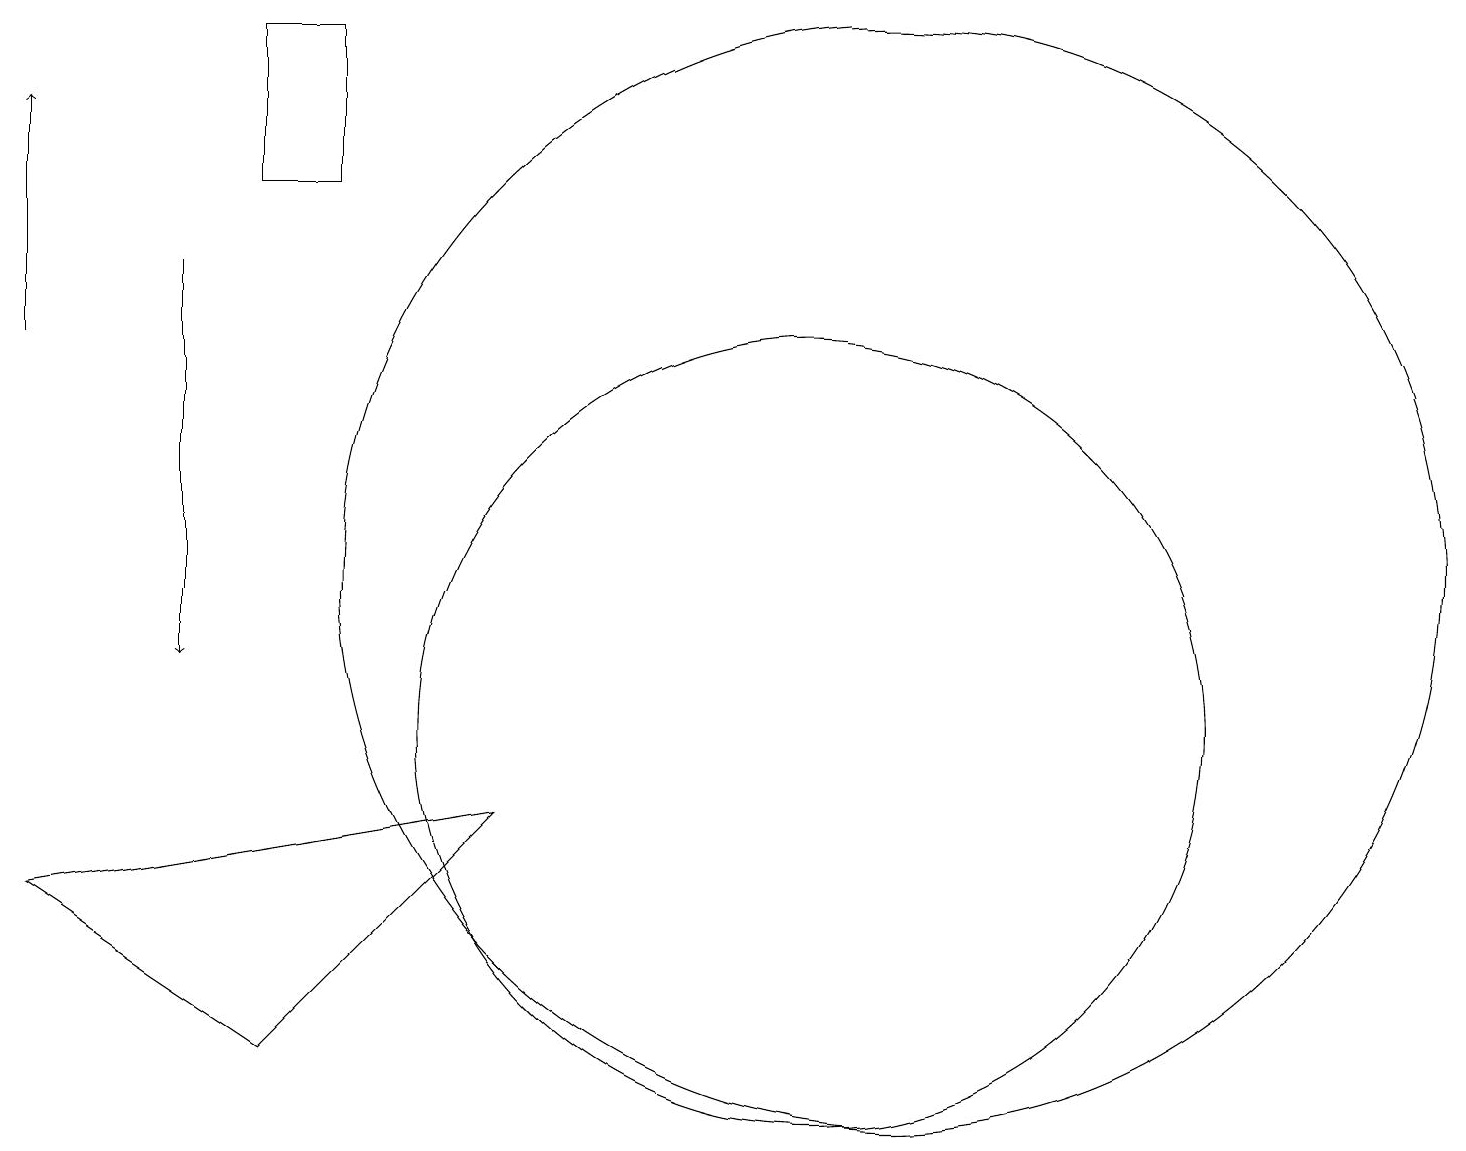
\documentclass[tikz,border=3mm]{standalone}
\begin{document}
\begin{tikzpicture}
\draw[->] (0,15) -- (0,18);
\draw (11,12) circle (7);
\draw[->] (2,16) -- (2,11);
\draw (3,17) rectangle (4,19);
\draw (10,10) circle (5);
\draw (3,6) -- (6,9) -- (0,8) -- cycle;
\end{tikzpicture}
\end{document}